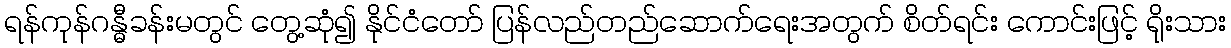
ရန်ကုန်ဂန္ဓီခန်းမတွင် တွေ့ဆုံ၍ နိုင်ငံတော် ပြန်လည်တည်ဆောက်ရေးအတွက် စိတ်ရင်း ကောင်းဖြင့် ရိုးသား